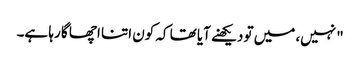
"نہیں، میں تو دیکھنے آیا تھا کہ کون اتنا اچھا گا رہا ہے۔